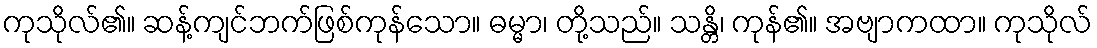
ကုသိုလ်၏။ ဆန့်ကျင်ဘက်ဖြစ်ကုန်သော။ ဓမ္မာ၊ တို့သည်။ သန္တိ၊ ကုန်၏။ အဗျာကထာ။ ကုသိုလ်